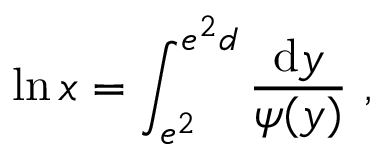
\ln x = \int _ { e ^ { 2 } } ^ { e ^ { 2 } d } \frac { \mathrm { d } y } { \psi ( y ) } ~ ,